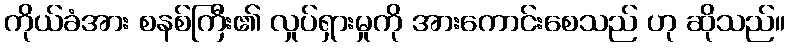
ကိုယ်ခံအား စနစ်ကြီး၏ လှုပ်ရှားမှုကို အားကောင်းစေသည် ဟု ဆိုသည်။